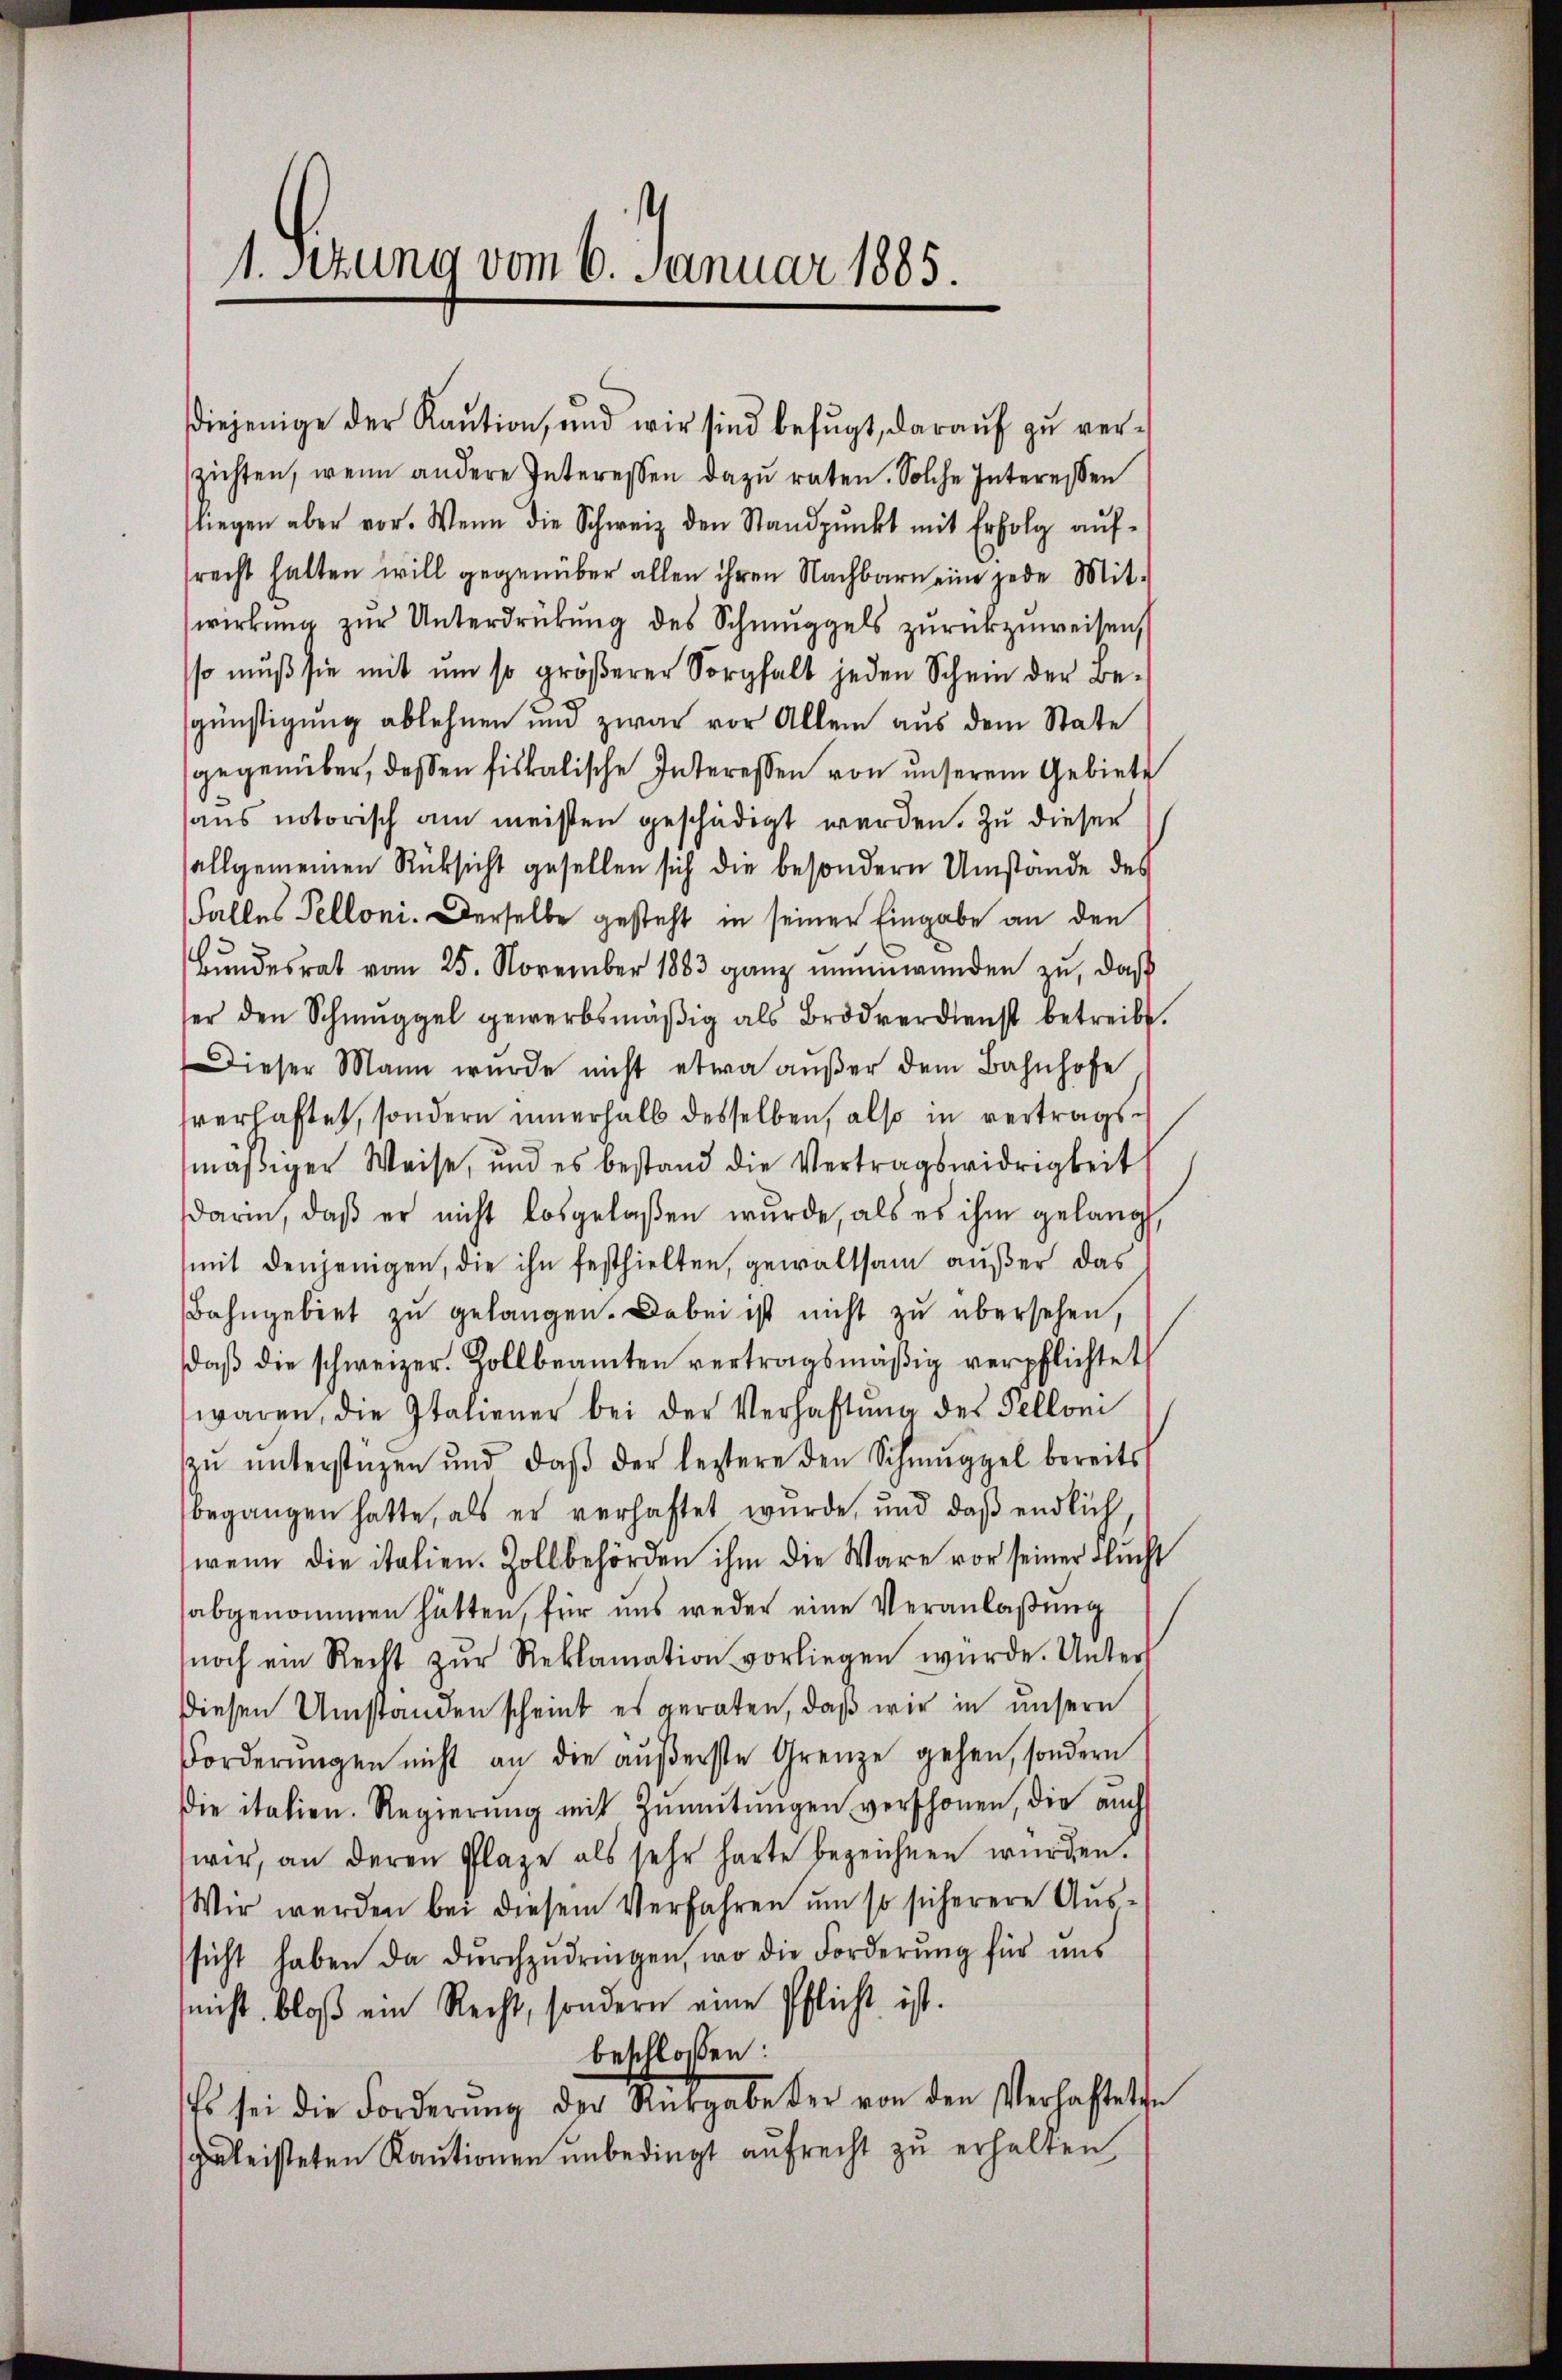
1. Setzung vom 6. Januar 1885.

zichten, wenn andere Interessen dazu raten. Solche Interessen
fliegen aber vor. Wenn die Schweiz den Standpŭnkt mit Erfolg aŭf-
srecht halten will gegenüber allen ihren Nachbarn eine jede Mit-
wirkung zŭr Unterdrükŭng des Schmuggels zŭrückzuweisen,
sso muß sie mit um so gröβerer Sorgfalt jeden Schein der Be-
günstigung ablehnen und zwar vor Allem aus dem State
gegenüber, dessen fiskalische Interessen von unserem Gebiete
sans notorisch am meisten geschädigt werden. Zu dieser
allgemeinen Rüksicht gesellen sich die besondern Umstände des
Falles Pelloni. Derselbe gesteht in seiner Eingabe an den
Bŭndesrat vom 25. November 1883 ganz uneinwenden zu, daß
ser den Schmuggel gewerbsmäβig als Brodverdienst betreibt.
Dieser Mann wurde nicht etwa aŭβer dem Bahnhofe,
sverhaftet, sondern innerhalb desselben, also in vertragsmäßiger Weise, und es bestand die Vertragswidrigkeit
darin, daβ er nicht losgelaßen wurde, als es ihm gelangt,
mit denjenigen, die ihn festhielten, gewaltsam außer das
Bahngebiet zŭ gelangen. Dabei ist nicht zu übersehen,
daβ die schweizer. Zollbeamten vertragsmäβig verpflichtet
waren, die Italiener bei der Verhaltŭng des Pellon
zŭ ŭnterstüzen und daβ der leztere den Schmuggel bereits
begangen hatte, als er verhaftet wurde, und daß endlich
wenn die italien. Zollbehörden ihm die Wäre vor seiner Flucht
abgenommen hätten, für uns weder eine Veranlaßung
noch ein Recht zŭr Reklamation vorliegen wurde. Unter
Diesen Umstanden scheint es geraten, daß wir in unsern
Forderŭngen nicht an die äŭβerste Grenze gehen, sondern
die italien. Regierŭng mit Zŭmŭtmigen verschonen, die aŭch
wir, an deren Plaze als sehr harte bezeichnen wurden.
Wir werden bei diesem Verfahren um so sicherere Aussicht haben da dŭrchzŭdringen, wo die Forderŭng für uns
nicht bloß ein Recht, sondern eine Pflicht ist.
beschlossen:
Es sei die Forderŭng der Rückgabe der von den Verhafteten
geleisteten Kaŭtionen ŭnbedingt aufrecht zu erhalten

diejenige der Kaŭtion, und wir sind befŭgt, daraŭf zŭ ver¬